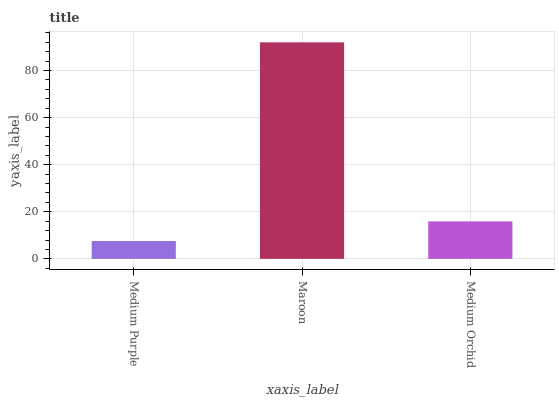
| xaxis_label | bars |
 | --- | --- |
 | Medium Purple | 7.58 |
 | Maroon | 92 |
 | Medium Orchid | 15.9 |